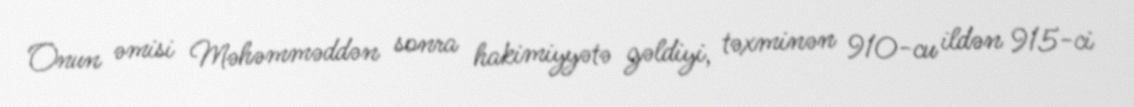
Onun əmisi Məhəmməddən sonra hakimiyyətə gəldiyi, təxminən 910-cu ildən 915-ci